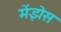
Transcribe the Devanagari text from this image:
मेंझेस